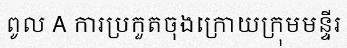
ពូល A ការប្រកួតចុងក្រោយក្រុមមន្ទីរ